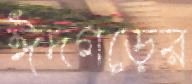
ঈদগড়ের